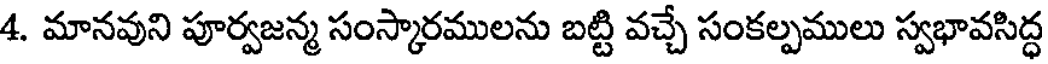
4. మానవుని పూర్వజన్మ సంస్కారములను బట్టి వచ్చే సంకల్పములు స్వభావసిద్ధ